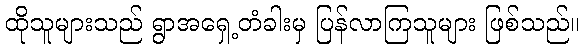
ထိုသူများသည် ရွာအရှေ့တံခါးမှ ပြန်လာကြသူများ ဖြစ်သည်။